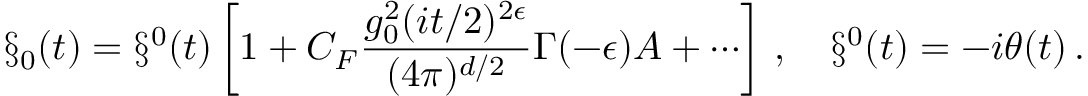
\S _ { 0 } ( t ) = \S ^ { 0 } ( t ) \left[ 1 + C _ { F } \frac { g _ { 0 } ^ { 2 } ( i t / 2 ) ^ { 2 \epsilon } } { ( 4 \pi ) ^ { d / 2 } } \Gamma ( - \epsilon ) A + \cdots \right] \, , \quad \S ^ { 0 } ( t ) = - i \theta ( t ) \, .